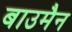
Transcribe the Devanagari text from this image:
बाउमैन